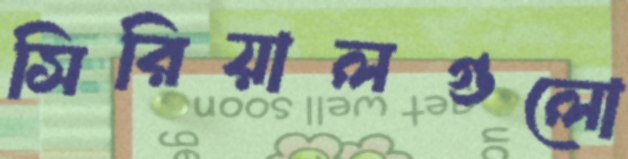
সিরিয়ালগুলো